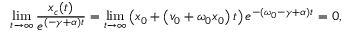
\operatorname* { l i m } _ { t \to \infty } \frac { x _ { c } ( t ) } { e ^ { ( - \gamma + \alpha ) t } } = \operatorname* { l i m } _ { t \to \infty } \left( x _ { 0 } + \left( v _ { 0 } + \omega _ { 0 } x _ { 0 } \right) t \right) e ^ { - ( \omega _ { 0 } - \gamma + \alpha ) t } = 0 ,